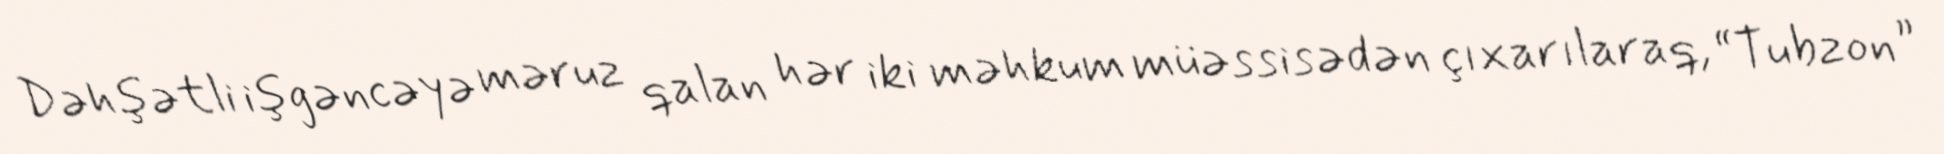
Dəhşətli işgəncəyə məruz qalan hər iki məhkum müəssisədən çıxarılaraq, “Tubzon”